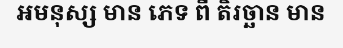
អមនុស្ស មាន ភេទ ពី តិរច្ឆាន មាន